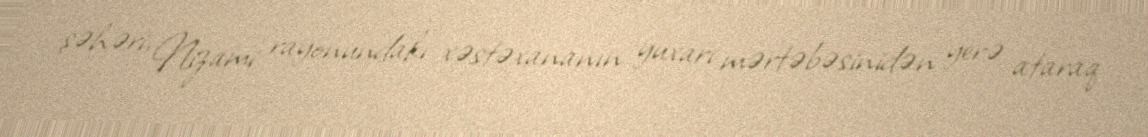
şəhəri, Nizami rayonundakı xəstəxananın yuxarı mərtəbəsinidən yerə ataraq